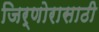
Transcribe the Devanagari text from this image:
जिर्णोरासाठी